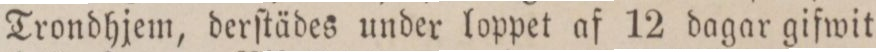
Trondhjem, derſtädes under loppet af 12 dagar gifwit